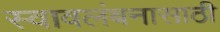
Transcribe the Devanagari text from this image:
स्वावलंबनासाठी